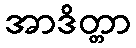
အာဒိတ္တာ